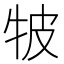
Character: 𤙎